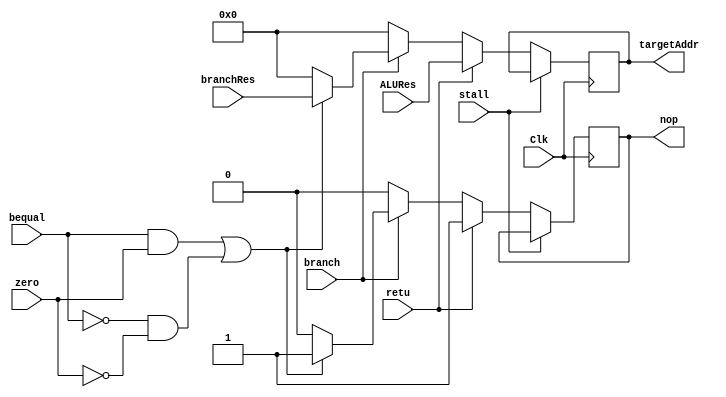
`timescale 1ns / 1ps

module BranchJrjudge(
	input Clk,
	input stall,
    input zero,
	input branch,
	input bequal,
	input retu,
	
	input [31:0] branchRes,
	input [31:0] ALURes,
	
    output reg nop,
	output reg [31:0] targetAddr
    );
	
	wire bj_Clk;
	
	assign # 25 bj_Clk = Clk;
	
	always @ (posedge bj_Clk)
	begin
		if(stall == 0)
		begin
			if(retu == 1)
			begin
				nop <= 1;
				targetAddr <= ALURes;
			end
			else if (branch == 1)
				begin
					if((bequal == 1&& zero == 1)||(bequal == 0 && zero == 0))
					begin
						nop <= 1;
						targetAddr <= branchRes;
					end
					else
					begin
						nop <= 0;
						targetAddr <= 0;
					end 
				end
				else
				begin
					nop <= 0;
					targetAddr <= 0;
				end
		end
	end
	
	initial begin
		nop = 0;
		targetAddr = 0;
	end
endmodule